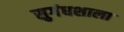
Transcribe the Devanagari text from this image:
सुगंधशाला